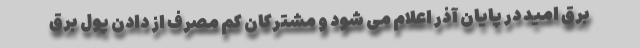
برق امید در پایان آذر اعلام می شود و مشترکان کم مصرف از دادن پول برق